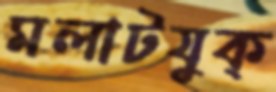
মলাটযুক্